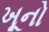
ખૂનો